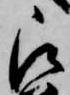
被